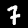
Label: 7